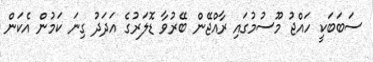
ސަބަބަކީ ހައްޖު މޫސުމުގައި ރާއްޖޭން ބޭރުވާ ޑޮލަރުގެ އަދަދު ގިނަ ކަމުން އެކަން